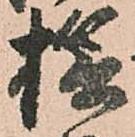
捻